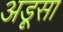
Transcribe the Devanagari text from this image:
अड़ूसा